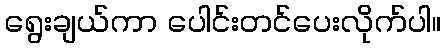
ရွေးချယ်ကာ ပေါင်းတင်ပေးလိုက်ပါ။